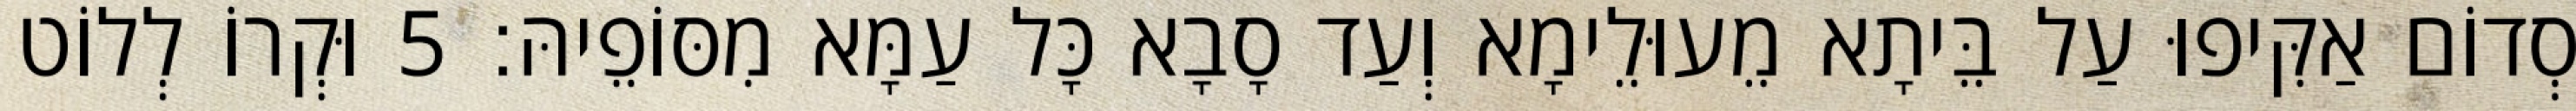
סְדוֹם אַקִּיפוּ עַל בֵּיתָא מֵעוּלֵימָא וְעַד סָבָא כָּל עַמָּא מִסּוֹפֵיהּ׃ 5 וּקְרוֹ לְלוֹט